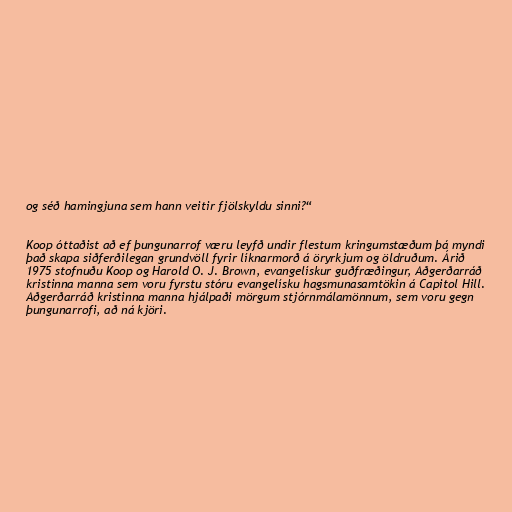
og séð hamingjuna sem hann veitir fjölskyldu sinni?“

Koop óttaðist að ef þungunarrof væru leyfð undir flestum kringumstæðum þá myndi
það skapa siðferðilegan grundvöll fyrir líknarmorð á öryrkjum og öldruðum. Árið
1975 stofnuðu Koop og Harold O. J. Brown, evangelískur guðfræðingur, Aðgerðarráð
kristinna manna sem voru fyrstu stóru evangelísku hagsmunasamtökin á Capitol Hill.
Aðgerðarráð kristinna manna hjálpaði mörgum stjórnmálamönnum, sem voru gegn
þungunarrofi, að ná kjöri.